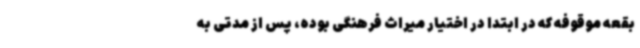
بقعه موقوفه که در ابتدا در اختیار میراث فرهنگی بوده، پس از مدتی به